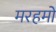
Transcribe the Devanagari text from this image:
मरहमों